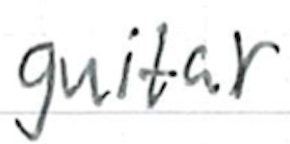
Text: guitar
Cross-out: clean
Writing tool: ballpoint